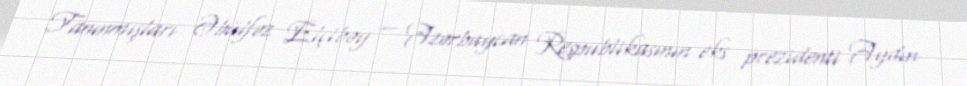
Tanınmışları Əbülfəz Elçibəy — Azərbaycan Respublikasının eks prezidenti Aydın